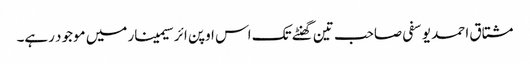
مشتاق احمد یوسفی صاحب تین گھنٹے تک اس اوپن ائر سیمینار میں موجود رہے۔